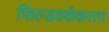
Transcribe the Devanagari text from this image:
फिल्डवर्ककरता